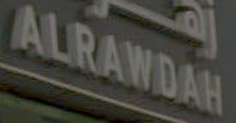
ALRAWDAH